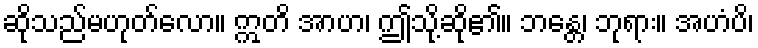
ဆိုသည်မဟုတ်လော။ ဣတိ အာဟ၊ ဤသို့ဆို၏။ ဘန္တေ၊ ဘုရား။ အဟံပိ၊